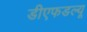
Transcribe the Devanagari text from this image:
डीएफडल्‍यू